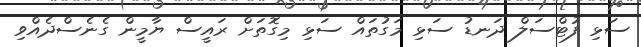
ސަޅި ފުޓްސަލް ދަނޑު ސަޅި މަގުތައް ސަޅި މިގޮތަށް ރައީސް ޔާމީން ގެނެސްދެއްވި